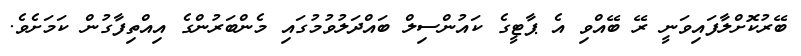
ބޭރުކޮށްލާފައިވަނީ ރޭ ބޭއްވި އެ ޕާޓީގެ ކައުންސިލް ބައްދަލުވުމުގައި މެންބަރުންގެ އިއްތިފާގުން ކަމަށެވެ.